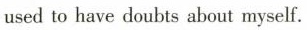
used to have doubts about myself.